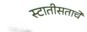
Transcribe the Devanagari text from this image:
स्टातीसताचे